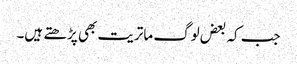
جب کہ بعض لوگ ماتریت بھی پڑھتے ہیں۔